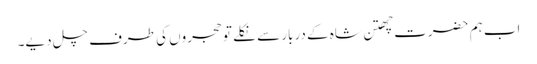
اب ہم حضرت چھتن شاہ کے دربار سے نکلے تو حجروں کی طرف چل دیے۔